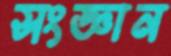
সংজ্ঞান